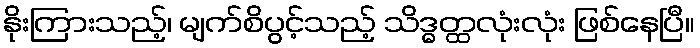
နိုးကြားသည့်၊ မျက်စိပွင့်သည့် သိဒ္ဓတ္ထလုံးလုံး ဖြစ်နေပြီ။